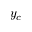
y _ { c }